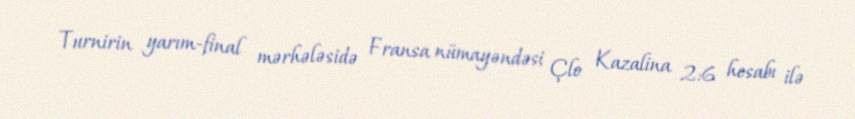
Turnirin yarım-final mərhələsidə Fransa nümayəndəsi Çlo Kazalina 2:6 hesabı ilə